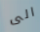
الى